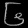
Digit: ၆